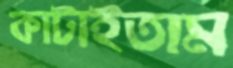
কাটাইতাম